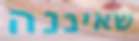
שאיננה